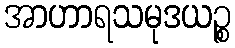
အာဟာရသမုဒယဉ္စ